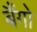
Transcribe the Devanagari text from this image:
बैंगो